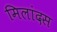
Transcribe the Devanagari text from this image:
मिलांदस